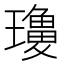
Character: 𱯾